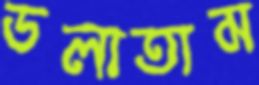
ডলাতাম